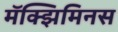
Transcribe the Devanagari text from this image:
मॅक्झिमिनस